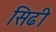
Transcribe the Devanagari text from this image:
सिढी